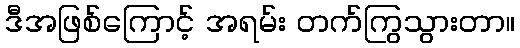
ဒီအဖြစ်ကြောင့် အရမ်း တက်ကြွသွားတာ။